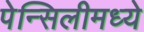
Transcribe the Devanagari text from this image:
पेन्सिलीमध्ये